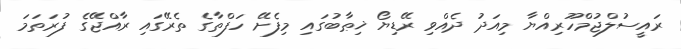
ރައީސުލްޖުމްހޫރިއްޔާ މިއަދު ދެއްވި ރޭޑިޔޯ ޚިޠާބުގައި މިފެށޭ ހަފްތާގެ ތެރޭގައި ރާއްޖޭގެ ފުރަތަމަ